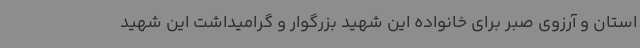
استان و آرزوی صبر برای خانواده این شهید بزرگوار و گرامیداشت این شهید